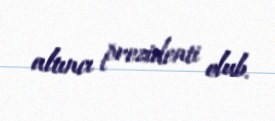
altıncı prezidenti olub.